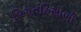
વિગતહિસાબી